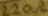
Text: 220Ω